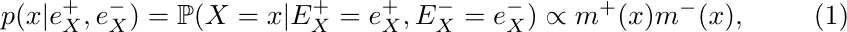
\begin{equation}
    \label{Inference problem}
    p(x|e_{X}^{+},e_{X}^{-})=\mathbb{P}(X=x|E_{X}^{+}=e_{X}^{+},E_{X}^{-}=e_{X}^{-})\propto m^{+}(x)m^{-}(x),
\end{equation}